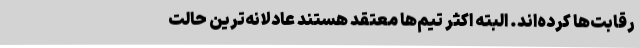
رقابت‌ها کرده‌اند. البته اکثر تیم‌ها معتقد هستند عادلانه‌ترین حالت